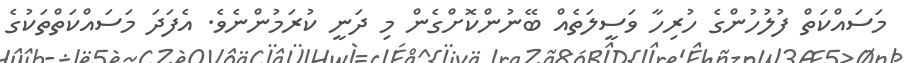
މަސައްކަތް ފުލުހުންގެ ހުރިހާ ވަސީލަތެއް ބޭނުންކޮށްގެން މި ދަނީ ކުރަމުންނެވެ. އެފަދަ މަސައްކަތްތަކުގެ